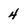
Character: 4